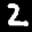
Label: 2